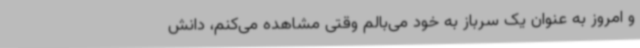
و امروز به عنوان یک سرباز به خود می‌بالم وقتی مشاهده می‌کنم، دانش